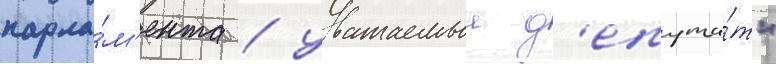
парла́м'ента / уважаемыи д'епута́т"